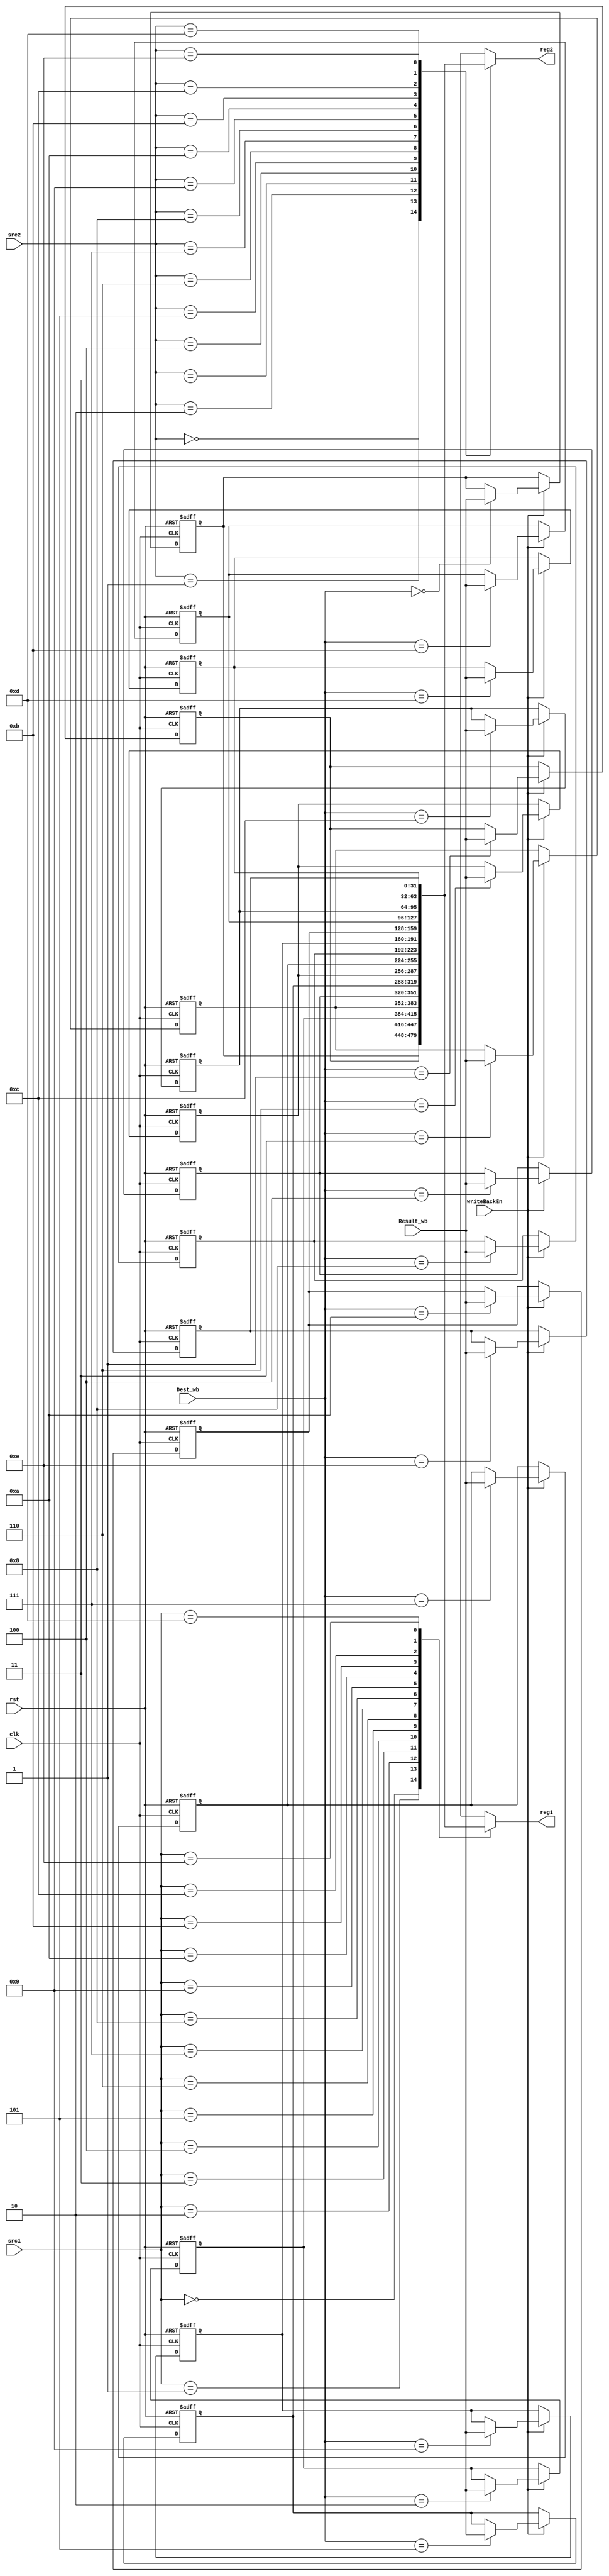
`timescale 1ns/1ns

module RegisterFile (
    input clk, rst,
    input [3:0] src1, src2, Dest_wb,
    input [31:0] Result_wb,
    input writeBackEn,
    output [31:0] reg1, reg2
);

    reg [31:0] registers [14:0];

    assign reg1 = registers[src1];
    assign reg2 = registers[src2];

    integer i;

    initial begin
        for (i = 0; i < 15; i = i + 1)
            registers[i] <= i;
    end

    always @(negedge clk, posedge rst) begin
        if (rst)
            for (i = 0; i < 15; i = i + 1)
                registers[i] <= i;
        else if (writeBackEn)
            registers[Dest_wb] <= Result_wb;
    end


endmodule